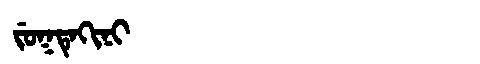
Manchu: ᠵᡠᡴᡨᡝᡴᡳᠨᡳ
Romanization: JUKTEKINI